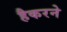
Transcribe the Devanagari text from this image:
हैकरने